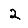
Digit: 2